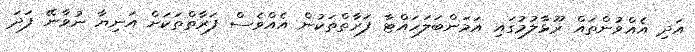
އަދި އެއްވުންތައް ރޫޅާލުމުގައި އަމަންބަލަހައްޓާ ފަރާތްތަކުން އެއްވެސް ފަރާތްތަކަށް އަނިޔާ ނުވާނޭ ފަދަ